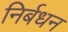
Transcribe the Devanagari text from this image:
निर्बधन